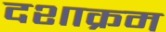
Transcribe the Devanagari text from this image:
दशाक्रम